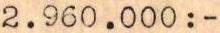
2.960.000:-